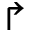
\Rsh